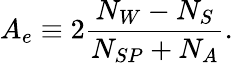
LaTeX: A_{e}\equiv 2\frac{N_{W}-N_{S}}{N_{SP}+N_{A}}.